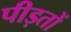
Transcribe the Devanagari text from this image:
पीड़तों